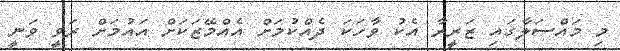
މި މައްސަލާގައި ޒަރީރާ އެކު ވާހަކަ ދެއްކުމަށް އެއްމޭޒަކަށް އައުމަށް ރަވީ ވަނީ